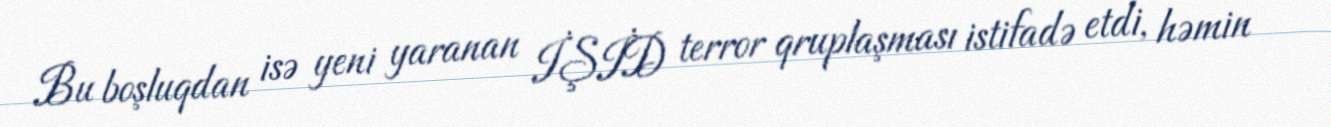
Bu boşluqdan isə yeni yaranan İŞİD terror qruplaşması istifadə etdi, həmin